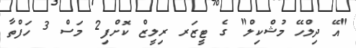
"އޭ ދިލްހޭ މުޝްކިލް" ގެ ޓީޒަރ ރިލީޒް ކޮށްފި2 މަސް 3 ހަފްތާ